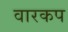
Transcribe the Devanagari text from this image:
वारकप